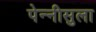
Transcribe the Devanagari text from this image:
पेन्‍नीसुला